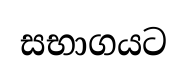
සභාගයට